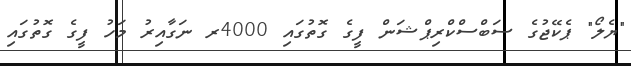
"ޔެލޯ" ޕެކޭޖުގެ ސަބްސްކްރިޕްޝަން ފީގެ ގޮތުގައި 4000ރ ނަގާއިރު މަހު ފީގެ ގޮތުގައި